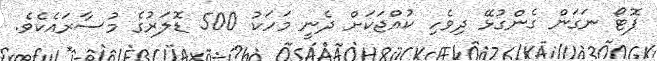
ފޮޓޯ ނަގަން ގެންގުޅޭ ދިވެހި ކުއްޖަކަށް ދެނީ މަހަކު 500 ޑޮލަރުގެ މުސާރައެކެވެ.